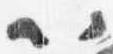
以